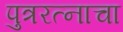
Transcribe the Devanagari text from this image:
पुत्ररत्नाचा